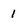
Character: 1